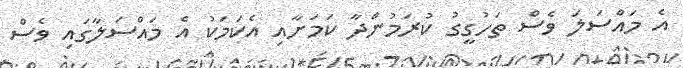
އެ މައްސަލަ ވެސް ތަހުގީގު ކުރަމުންދާ ކަމަށާއި އެކަމަކު އެ މައްސަލާގައި ވެސް